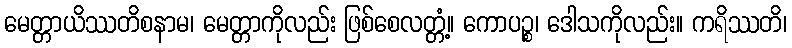
မေတ္တာယိဿတိစနာမ၊ မေတ္တာကိုလည်း ဖြစ်စေလတ္တံ့။ ကောပဉ္စ၊ ဒေါသကိုလည်း။ ကရိဿတိ၊